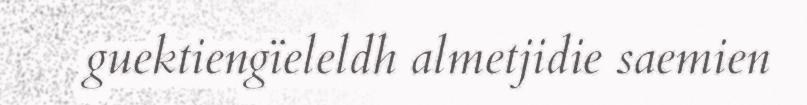
guektiengïeleldh almetjidie saemien